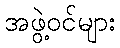
အဖွဲ့ဝင်များ